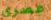
عصري